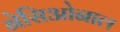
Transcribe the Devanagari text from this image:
नेसिओनाल